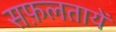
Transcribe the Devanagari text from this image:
सफ़लतायें